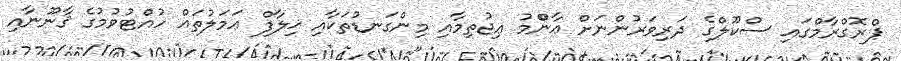
ޕްރޮގްރާމްގައި ސްކޫލްގެ ދަރިވަރުންނަށް ޢާންްމު ޢިޖުތިމާއި މިންގަނޑުތަކާއި ޚިލާފް ޢަމަލުތައް ހުއްޓުވުމުގެ ޤާނޫނާއި